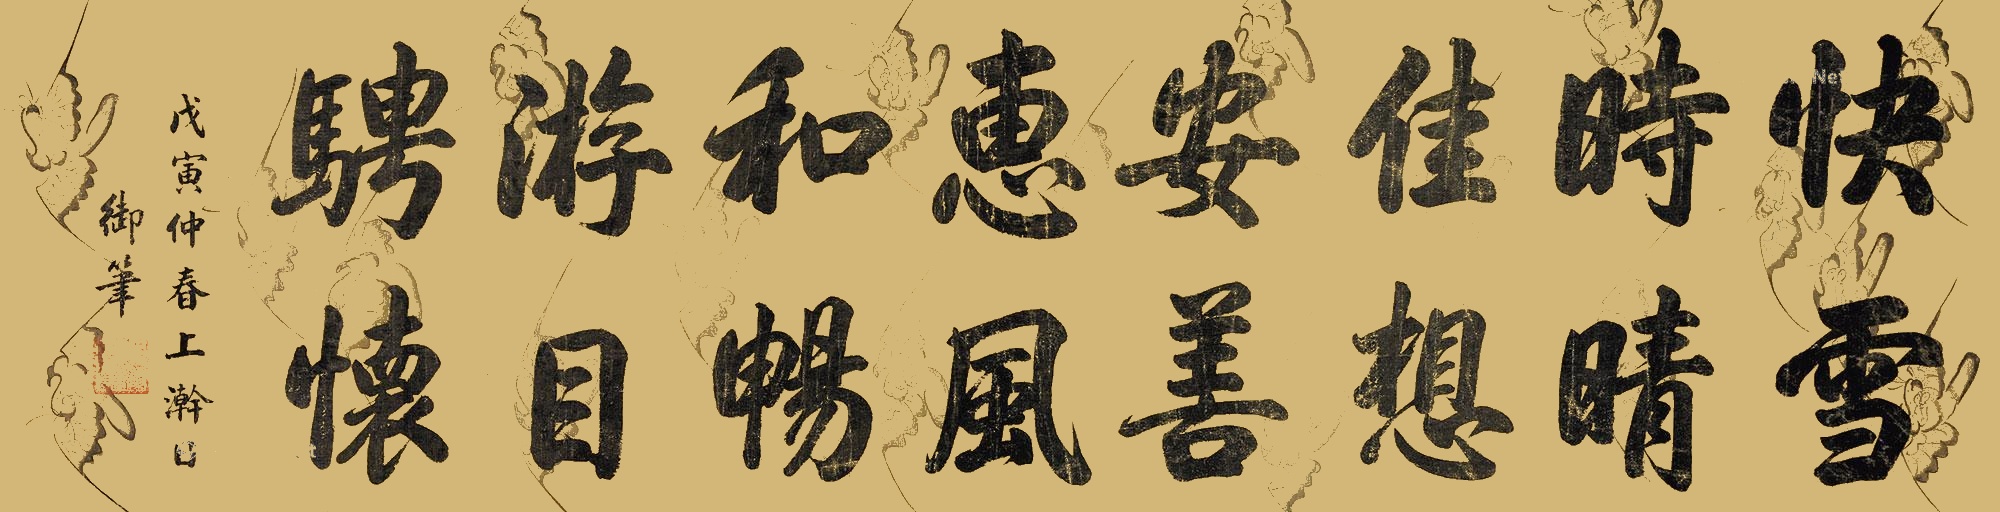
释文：快雪时晴，佳想安善，惠风和畅，游目骋怀。戊寅仲春上澣日，御笔。